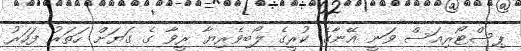
ޕިސްޓޯރިއަސް ވަނީ އޭނާގެ ކުރީގެ ލޯބިވެރިޔާ ރީވާ ގެ ގަޔަށް ހަތަރު ފަހަރު